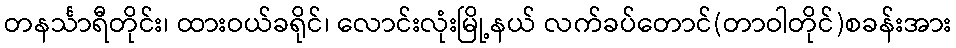
တနင်္သာရီတိုင်း၊ ထားဝယ်ခရိုင်၊ လောင်းလုံးမြို့နယ် လက်ခပ်တောင်(တာဝါတိုင်)စခန်းအား